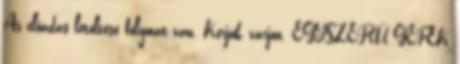
Az előadás letöltése folymat van. Kérjük, várjon. EGYSZERŰ GÉPEK